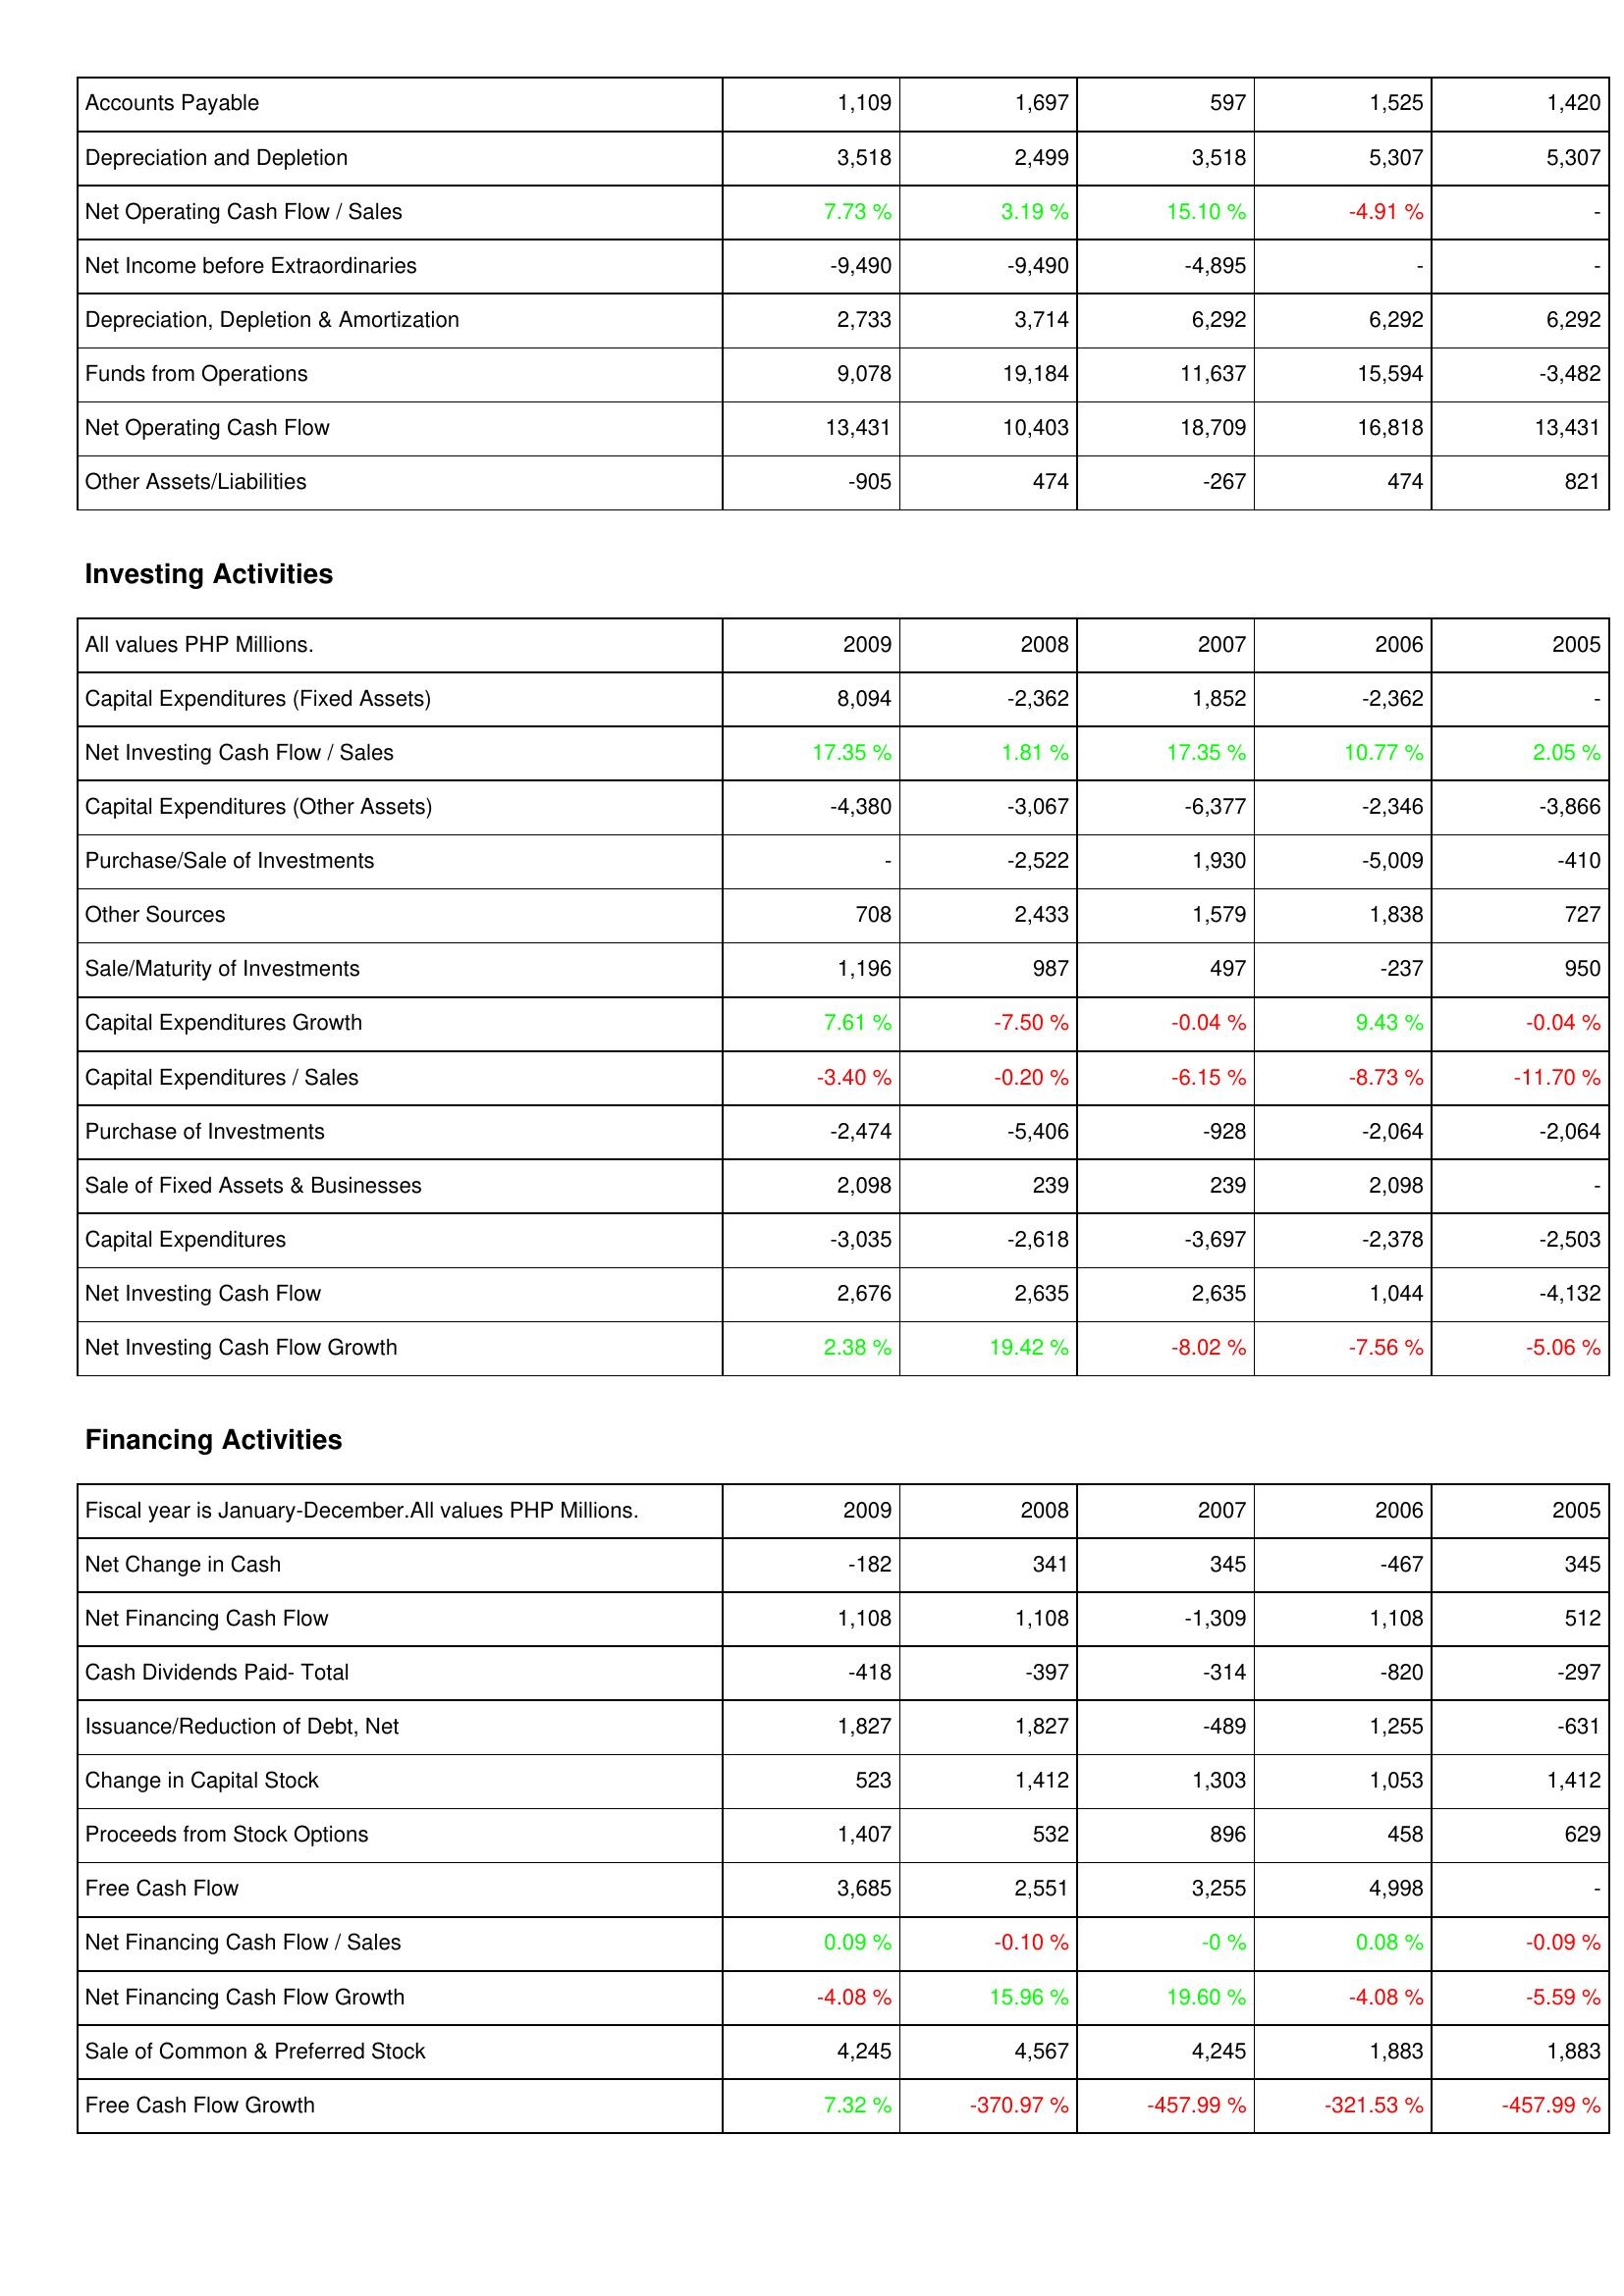
2009: Operating Activities: Accounts Payable: 1,109
Depreciation and Depletion: 3,518
Net Operating Cash Flow / Sales: 7.73 %
Net Income before Extraordinaries: -9,490
Depreciation, Depletion & Amortization: 2,733
Funds from Operations: 9,078
Net Operating Cash Flow: 13,431
Other Assets/Liabilities: -905
Investing Activities: Capital Expenditures (Fixed Assets): 8,094
Net Investing Cash Flow / Sales: 17.35 %
Capital Expenditures (Other Assets): -4,380
Purchase/Sale of Investments: -
Other Sources: 708
Sale/Maturity of Investments: 1,196
Capital Expenditures Growth: 7.61 %
Capital Expenditures / Sales: -3.40 %
Purchase of Investments: -2,474
Sale of Fixed Assets & Businesses: 2,098
Capital Expenditures: -3,035
Net Investing Cash Flow: 2,676
Net Investing Cash Flow Growth: 2.38 %
Financing Activities: Net Change in Cash: -182
Net Financing Cash Flow: 1,108
Cash Dividends Paid- Total: -418
Issuance/Reduction of Debt, Net: 1,827
Change in Capital Stock: 523
Proceeds from Stock Options: 1,407
Free Cash Flow: 3,685
Net Financing Cash Flow / Sales: 0.09 %
Net Financing Cash Flow Growth: -4.08 %
Sale of Common & Preferred Stock: 4,245
Free Cash Flow Growth: 7.32 %
2008: Operating Activities: Accounts Payable: 1,697
Depreciation and Depletion: 2,499
Net Operating Cash Flow / Sales: 3.19 %
Net Income before Extraordinaries: -9,490
Depreciation, Depletion & Amortization: 3,714
Funds from Operations: 19,184
Net Operating Cash Flow: 10,403
Other Assets/Liabilities: 474
Investing Activities: Capital Expenditures (Fixed Assets): -2,362
Net Investing Cash Flow / Sales: 1.81 %
Capital Expenditures (Other Assets): -3,067
Purchase/Sale of Investments: -2,522
Other Sources: 2,433
Sale/Maturity of Investments: 987
Capital Expenditures Growth: -7.50 %
Capital Expenditures / Sales: -0.20 %
Purchase of Investments: -5,406
Sale of Fixed Assets & Businesses: 239
Capital Expenditures: -2,618
Net Investing Cash Flow: 2,635
Net Investing Cash Flow Growth: 19.42 %
Financing Activities: Net Change in Cash: 341
Net Financing Cash Flow: 1,108
Cash Dividends Paid- Total: -397
Issuance/Reduction of Debt, Net: 1,827
Change in Capital Stock: 1,412
Proceeds from Stock Options: 532
Free Cash Flow: 2,551
Net Financing Cash Flow / Sales: -0.10 %
Net Financing Cash Flow Growth: 15.96 %
Sale of Common & Preferred Stock: 4,567
Free Cash Flow Growth: -370.97 %
2007: Operating Activities: Accounts Payable: 597
Depreciation and Depletion: 3,518
Net Operating Cash Flow / Sales: 15.10 %
Net Income before Extraordinaries: -4,895
Depreciation, Depletion & Amortization: 6,292
Funds from Operations: 11,637
Net Operating Cash Flow: 18,709
Other Assets/Liabilities: -267
Investing Activities: Capital Expenditures (Fixed Assets): 1,852
Net Investing Cash Flow / Sales: 17.35 %
Capital Expenditures (Other Assets): -6,377
Purchase/Sale of Investments: 1,930
Other Sources: 1,579
Sale/Maturity of Investments: 497
Capital Expenditures Growth: -0.04 %
Capital Expenditures / Sales: -6.15 %
Purchase of Investments: -928
Sale of Fixed Assets & Businesses: 239
Capital Expenditures: -3,697
Net Investing Cash Flow: 2,635
Net Investing Cash Flow Growth: -8.02 %
Financing Activities: Net Change in Cash: 345
Net Financing Cash Flow: -1,309
Cash Dividends Paid- Total: -314
Issuance/Reduction of Debt, Net: -489
Change in Capital Stock: 1,303
Proceeds from Stock Options: 896
Free Cash Flow: 3,255
Net Financing Cash Flow / Sales: -0 %
Net Financing Cash Flow Growth: 19.60 %
Sale of Common & Preferred Stock: 4,245
Free Cash Flow Growth: -457.99 %
2006: Operating Activities: Accounts Payable: 1,525
Depreciation and Depletion: 5,307
Net Operating Cash Flow / Sales: -4.91 %
Net Income before Extraordinaries: -
Depreciation, Depletion & Amortization: 6,292
Funds from Operations: 15,594
Net Operating Cash Flow: 16,818
Other Assets/Liabilities: 474
Investing Activities: Capital Expenditures (Fixed Assets): -2,362
Net Investing Cash Flow / Sales: 10.77 %
Capital Expenditures (Other Assets): -2,346
Purchase/Sale of Investments: -5,009
Other Sources: 1,838
Sale/Maturity of Investments: -237
Capital Expenditures Growth: 9.43 %
Capital Expenditures / Sales: -8.73 %
Purchase of Investments: -2,064
Sale of Fixed Assets & Businesses: 2,098
Capital Expenditures: -2,378
Net Investing Cash Flow: 1,044
Net Investing Cash Flow Growth: -7.56 %
Financing Activities: Net Change in Cash: -467
Net Financing Cash Flow: 1,108
Cash Dividends Paid- Total: -820
Issuance/Reduction of Debt, Net: 1,255
Change in Capital Stock: 1,053
Proceeds from Stock Options: 458
Free Cash Flow: 4,998
Net Financing Cash Flow / Sales: 0.08 %
Net Financing Cash Flow Growth: -4.08 %
Sale of Common & Preferred Stock: 1,883
Free Cash Flow Growth: -321.53 %
2005: Operating Activities: Accounts Payable: 1,420
Depreciation and Depletion: 5,307
Net Operating Cash Flow / Sales: -
Net Income before Extraordinaries: -
Depreciation, Depletion & Amortization: 6,292
Funds from Operations: -3,482
Net Operating Cash Flow: 13,431
Other Assets/Liabilities: 821
Investing Activities: Capital Expenditures (Fixed Assets): -
Net Investing Cash Flow / Sales: 2.05 %
Capital Expenditures (Other Assets): -3,866
Purchase/Sale of Investments: -410
Other Sources: 727
Sale/Maturity of Investments: 950
Capital Expenditures Growth: -0.04 %
Capital Expenditures / Sales: -11.70 %
Purchase of Investments: -2,064
Sale of Fixed Assets & Businesses: -
Capital Expenditures: -2,503
Net Investing Cash Flow: -4,132
Net Investing Cash Flow Growth: -5.06 %
Financing Activities: Net Change in Cash: 345
Net Financing Cash Flow: 512
Cash Dividends Paid- Total: -297
Issuance/Reduction of Debt, Net: -631
Change in Capital Stock: 1,412
Proceeds from Stock Options: 629
Free Cash Flow: -
Net Financing Cash Flow / Sales: -0.09 %
Net Financing Cash Flow Growth: -5.59 %
Sale of Common & Preferred Stock: 1,883
Free Cash Flow Growth: -457.99 %